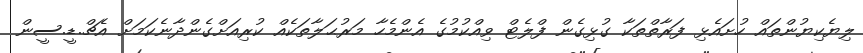
ލިޔެކިޔުންތައް ހުށައެޅި ފަރާތްތަކާ ގުޅިގެން ފްލެޓް ވިއްކުމުގެ އެންމެހާ މަރުޙަލާތަކެއް ކުރިއަށްގެންދާނެކަމަށް އެޗް.ޑީ.ސީން